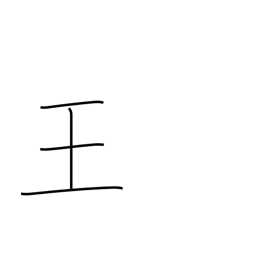
Meaning: magnate